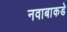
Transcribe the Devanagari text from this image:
नवाबाकडे